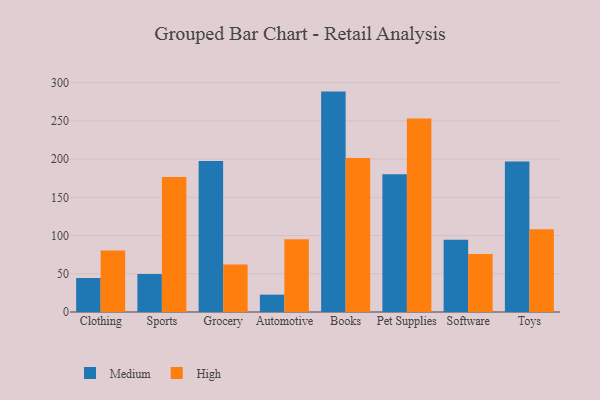
{"axis": {"x": "Category", "y": "Net Income (USD K)"}, "legend": ["High", "Medium"], "data": [{"x": "Clothing", "y": 44.5, "type": "Medium"}, {"x": "Clothing", "y": 80.4, "type": "High"}, {"x": "Sports", "y": 49.7, "type": "Medium"}, {"x": "Sports", "y": 176.6, "type": "High"}, {"x": "Grocery", "y": 197.4, "type": "Medium"}, {"x": "Grocery", "y": 62.2, "type": "High"}, {"x": "Automotive", "y": 22.7, "type": "Medium"}, {"x": "Automotive", "y": 95.3, "type": "High"}, {"x": "Books", "y": 288.3, "type": "Medium"}, {"x": "Books", "y": 201.6, "type": "High"}, {"x": "Pet Supplies", "y": 180.2, "type": "Medium"}, {"x": "Pet Supplies", "y": 253.2, "type": "High"}, {"x": "Software", "y": 94.5, "type": "Medium"}, {"x": "Software", "y": 75.9, "type": "High"}, {"x": "Toys", "y": 196.9, "type": "Medium"}, {"x": "Toys", "y": 108.1, "type": "High"}]}